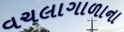
વચલાગાળાના